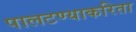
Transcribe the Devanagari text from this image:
पालटण्याकरिता